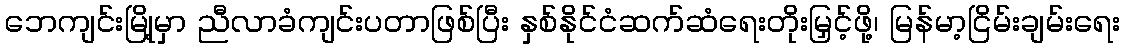
ဘေကျင်းမြို့မှာ ညီလာခံကျင်းပတာဖြစ်ပြီး နှစ်နိုင်ငံဆက်ဆံရေးတိုးမြှင့်ဖို့၊ မြန်မာ့ငြိမ်းချမ်းရေး